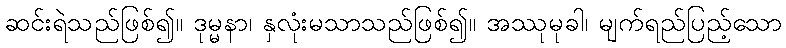
ဆင်းရဲသည်ဖြစ်၍။ ဒုမ္မနာ၊ နှလုံးမသာသည်ဖြစ်၍။ အဿုမုခါ၊ မျက်ရည်ပြည့်သော